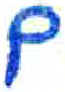
אות: ם